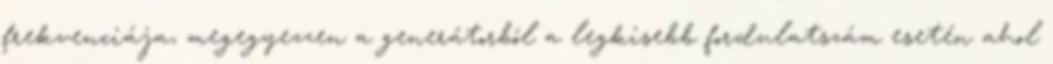
frekvenciája, megegyezzen a generátorból a legkisebb fordulatszám esetén ahol